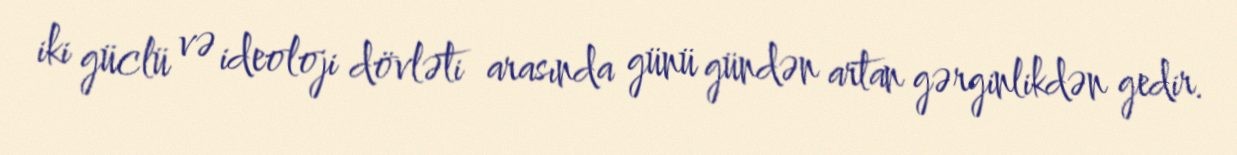
iki güclü və ideoloji dövləti arasında günü gündən artan gərginlikdən gedir.